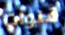
قنوات